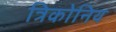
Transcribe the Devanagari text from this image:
त्रिकोनिय